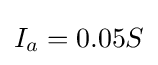
I_{a}=0.05S